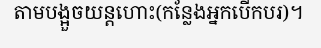
តាមបង្អួចយន្តហោះ(កន្លែងអ្នកបើកបរ)។